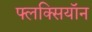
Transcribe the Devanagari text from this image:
फ्लक्सियॉन